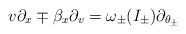
LaTeX: \begin{align*}v\partial_{x}\mp\beta_{x}\partial_{v}=\omega_{\pm}(I_{\pm})\partial_{\theta_{\pm}}\end{align*}